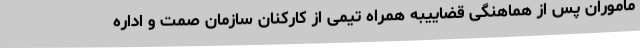
ماموران پس از هماهنگی قضاییبه همراه تیمی از کارکنان سازمان صمت و اداره